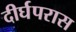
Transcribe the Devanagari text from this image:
दीर्घपरास